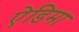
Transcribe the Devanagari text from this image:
ऐडिमा